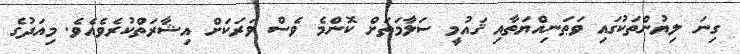
ގިނަ ލިޔުންތަކުގައި ވަޠަނިއްޔަތާއި ޤައުމީ ސަލާމަތަށް ކޮންމެ ވެސް ވަރަކަށް އިޝާރަތްކުރެވެއެވެ. މިއަދުގެ